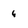
Character: 6